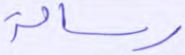
رسالة